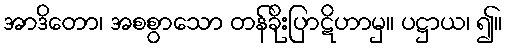
အာဒိတော၊ အစစွာသော တန်ခိုးပြာဋိဟာမှ။ ပဋ္ဌာယ၊ ၍။